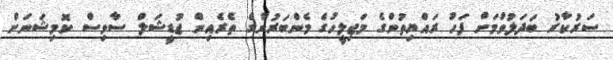
ސަރުކާރު ބަދަލުވުމަށް ފަހު ރައްޔިތުންގެ މަޖިލީހުގެ މެންބަރުންގެ ތެރެއިން ޖުޑީޝަލް ސާވިސް ކޮމިޝަނަށް